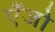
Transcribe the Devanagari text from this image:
एँजो